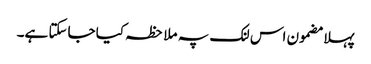
پہلا مضمون اس لنک پہ ملاحظہ کیا جاسکتا ہے۔